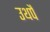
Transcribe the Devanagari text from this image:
उथपै